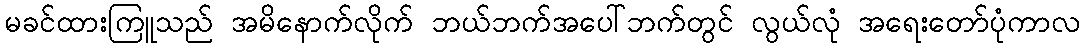
မခင်ထားကြူသည် အမိနောက်လိုက် ဘယ်ဘက်အပေါ်ဘက်တွင် လွယ်လုံ အရေးတော်ပုံကာလ